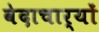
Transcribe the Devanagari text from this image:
वेदाचार्यों